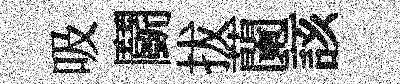
吸鬬拔蘭該